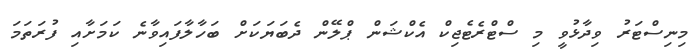
މިނިސްޓަރު ވިދާޅުވީ މި ސްޓްރެޓެޖިކް އެކްޝަން ޕްލޭން ދެބަޔަކަށް ބަހާލާފައިވާނެ ކަމަށާއި ފުރަތަމަ